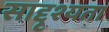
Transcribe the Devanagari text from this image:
साद्दृश्यता